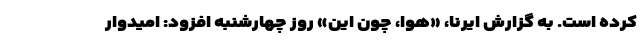
کرده است. به گزارش ایرنا، «هوا، چون این» روز چهارشنبه افزود: امیدوار